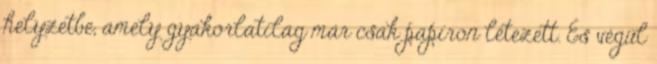
helyzetbe, amely gyakorlatilag már csak papíron létezett. És végül